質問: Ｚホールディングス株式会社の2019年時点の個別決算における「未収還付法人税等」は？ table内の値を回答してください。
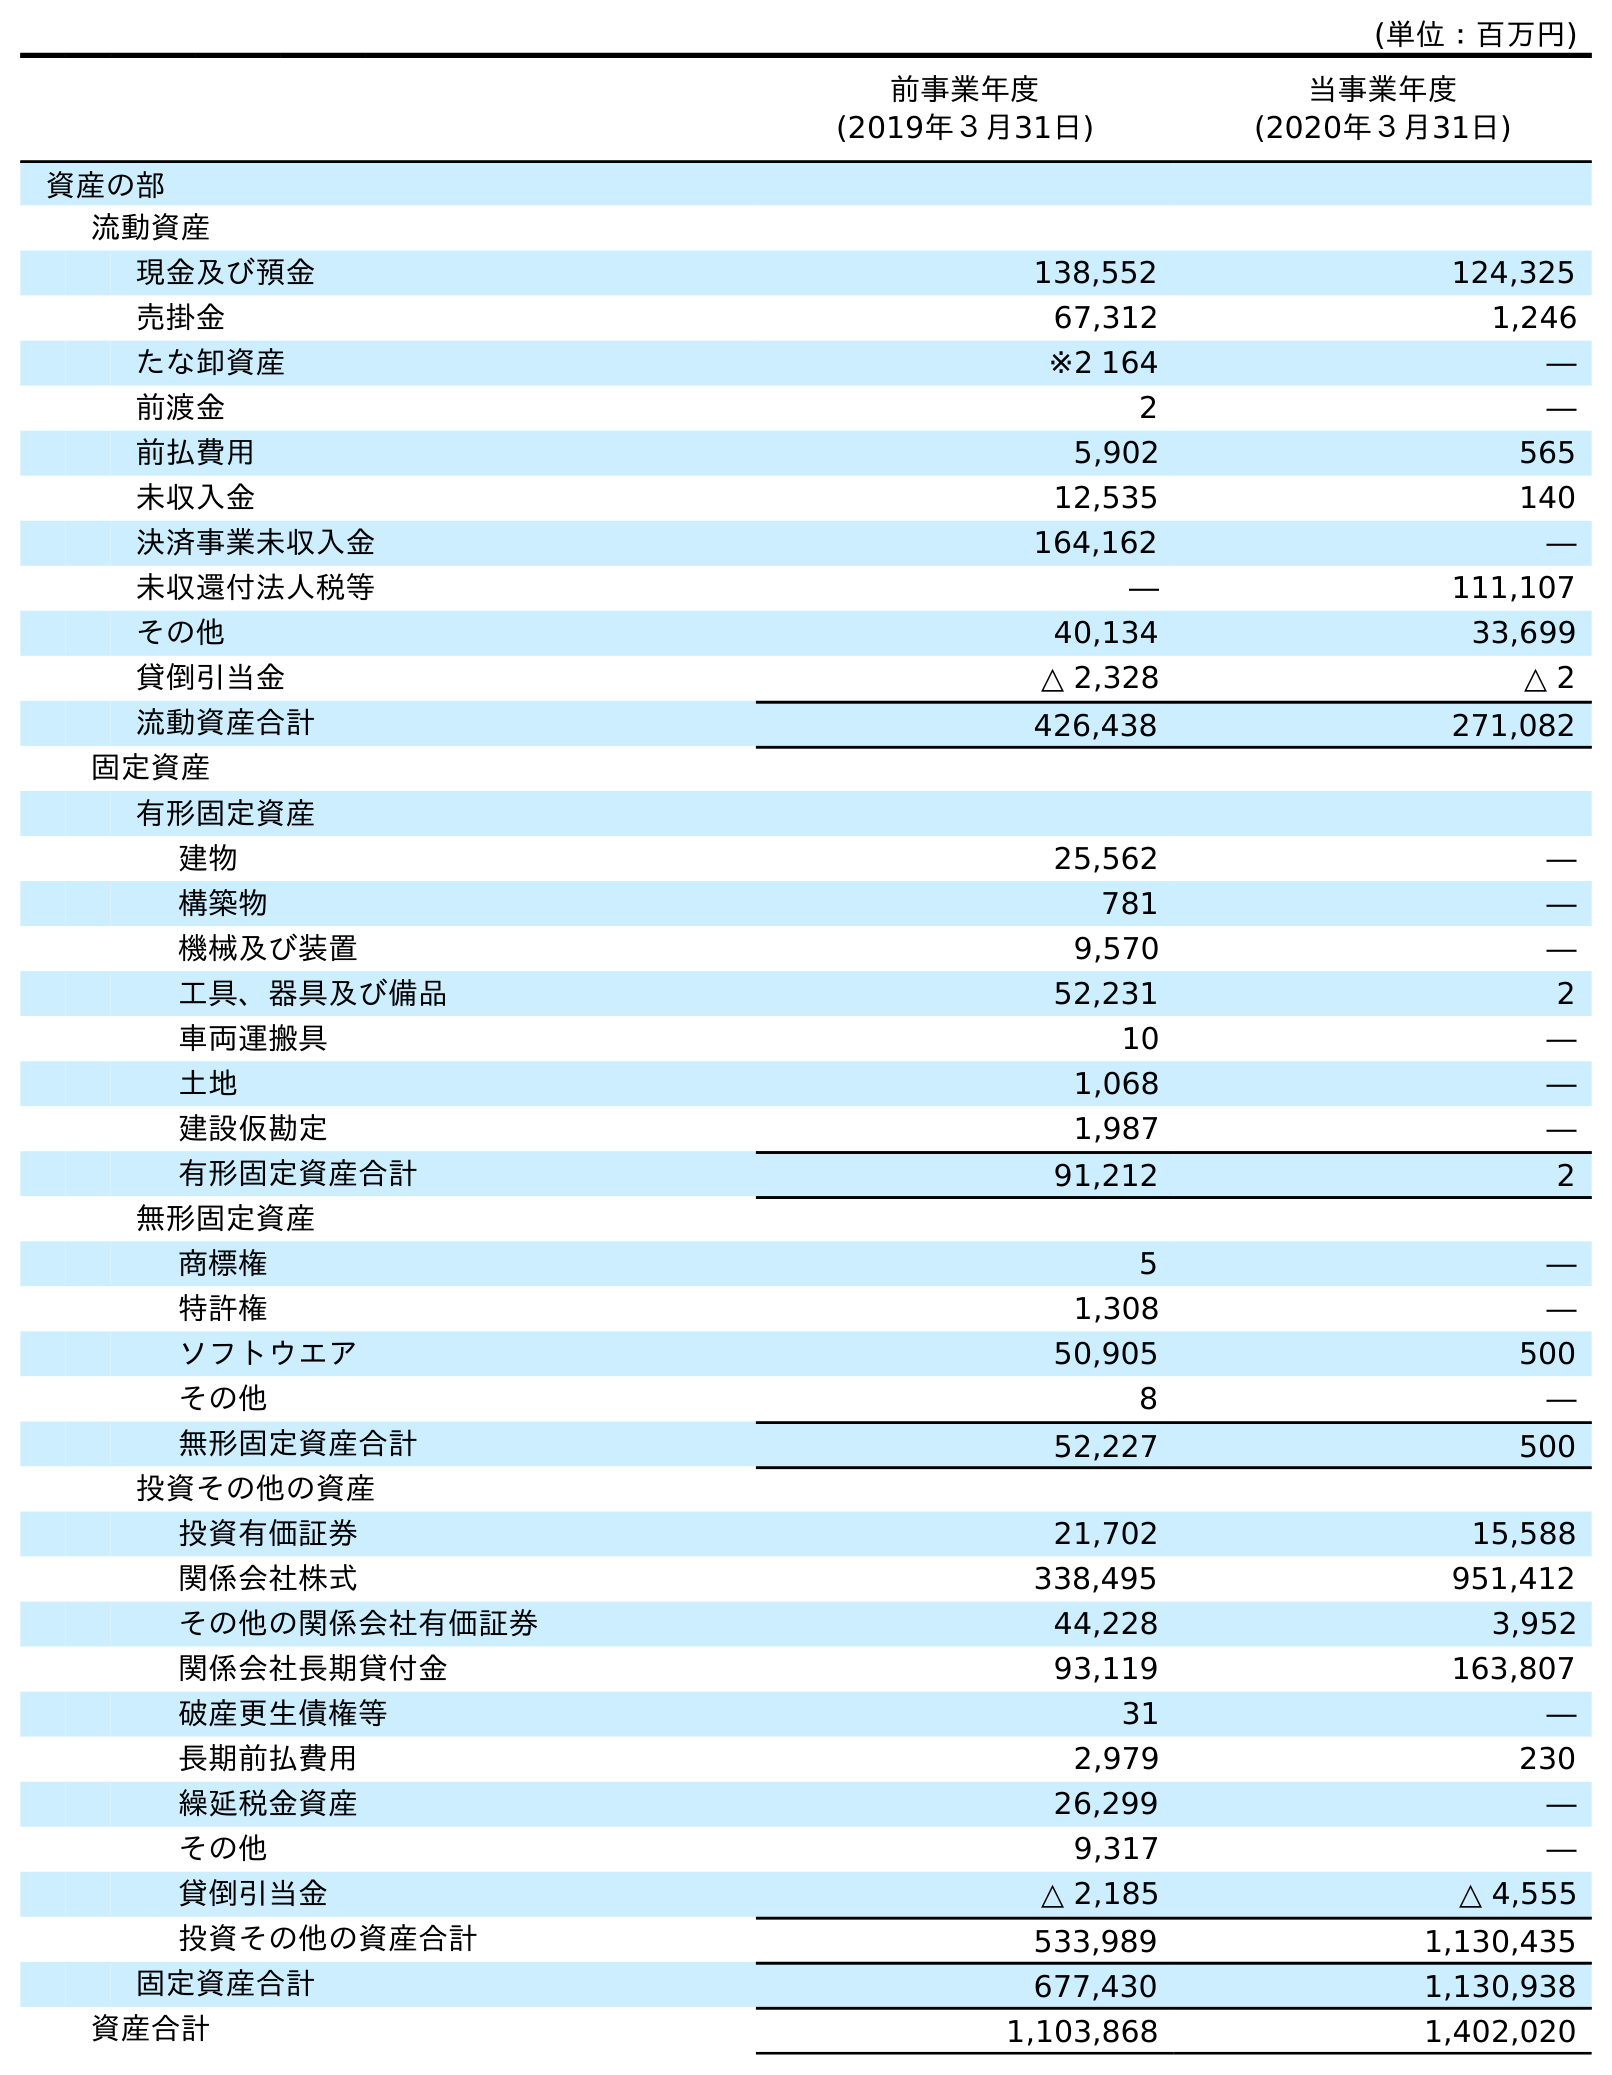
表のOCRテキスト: (単位：百万円) 前事業年度 (2019年３月31日) 当事業年度 (2020年３月31日) 資産の部 流動資産 現金及び預金 138,552 124,325 売掛金 67,312 1,246 たな卸資産 ※2 164 ― 前渡金 2 ― 前払費用 5,902 565 未収入金 12,535 140 決済事業未収入金 164,162 ― 未収還付法人税等 ― 111,107 その他 40,134 33,699 貸倒引当金 △ 2,328 △ 2 流動資産合計 426,438 271,082 固定資産 有形固定資産 建物 25,562 ― 構築物 781 ― 機械及び装置 9,570 ― 工具、器具及び備品 52,231 2 車両運搬具 10 ― 土地 1,068 ― 建設仮勘定 1,987 ― 有形固定資産合計 91,212 2 無形固定資産 商標権 5 ― 特許権 1,308 ― ソフトウエア 50,905 500 その他 8 ― 無形固定資産合計 52,227 500 投資その他の資産 投資有価証券 21,702 15,588 関係会社株式 338,495 951,412 その他の関係会社有価証券 44,228 3,952 関係会社長期貸付金 93,119 163,807 破産更生債権等 31 ― 長期前払費用 2,979 230 繰延税金資産 26,299 ― その他 9,317 ― 貸倒引当金 △ 2,185 △ 4,555 投資その他の資産合計 533,989 1,130,435 固定資産合計 677,430 1,130,938 資産合計 1,103,868 1,402,020
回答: ―